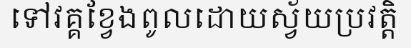
ទៅវគ្គខ្វែងពូលដោយស្វ័យប្រវត្តិ